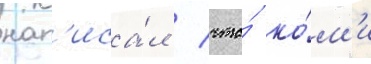
нап'иса́л / что́ ко́м'и